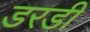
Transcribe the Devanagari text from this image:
डरडी